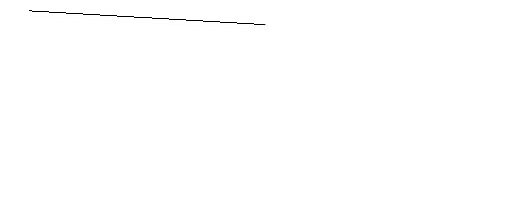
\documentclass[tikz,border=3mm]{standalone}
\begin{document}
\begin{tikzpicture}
\draw (12,10) circle (0);
\draw (11,11) circle (0);
\draw (6,12) rectangle (9,12);
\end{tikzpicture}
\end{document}